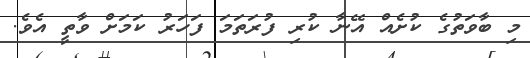
މި ބާވަތުގެ ކުށެއް އޭނާ ކުރި ފުރަތަމަ ފަހަރު ކަމަށް ވާތީ އެވެ.